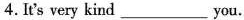
4.It's very kind_ you.